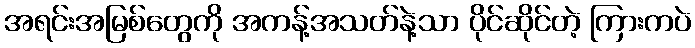
အရင်းအမြစ်တွေကို အကန့်အသတ်နဲ့သာ ပိုင်ဆိုင်တဲ့ ကြားကပဲ